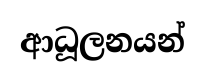
ආධූලනයන්